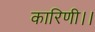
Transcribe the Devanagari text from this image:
कारिणी।।